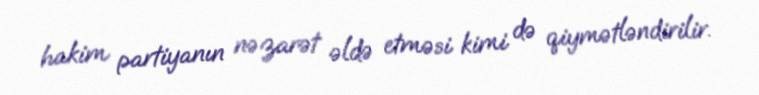
hakim partiyanın nəzarət əldə etməsi kimi də qiymətləndirilir.